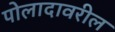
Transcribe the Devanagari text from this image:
पोलादावरील